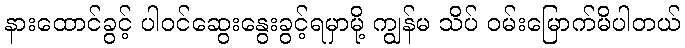
နားထောင်ခွင့် ပါဝင်ဆွေးနွေးခွင့်ရမှာမို့ ကျွန်မ သိပ် ဝမ်းမြောက်မိပါတယ်